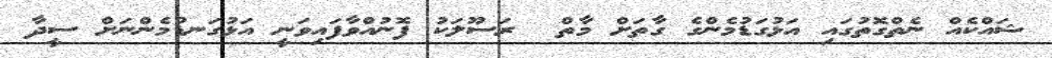
ޝައްކެއް ނެތްގޮތުގައި އަޅުގަޑުމެންގެ ގާތަށް މާތް  ރަސޫލަކު ފޮނުއްވާފައިވަނީ އަޅުގަނޑުމެންނަށް ސީދާ